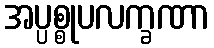
အပ္ပစ္စုပလက္ခဏာ